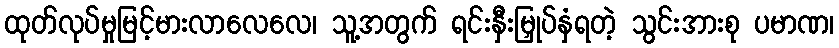
ထုတ်လုပ်မှုမြင့်မားလာလေလေ၊ သူ့အတွက် ရင်းနှီးမြှုပ်နှံရတဲ့ သွင်းအားစု ပမာဏ၊